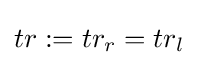
tr:=tr_{r}=tr_{l}